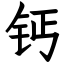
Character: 钙